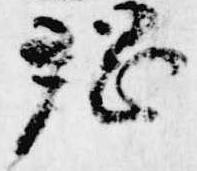
綱